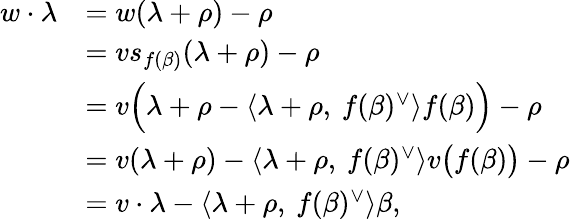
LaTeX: \begin{array}{rl}{w\cdot\lambda}&{=w(\lambda+\rho)-\rho}\\ &{=vs_{f(\beta)}(\lambda+\rho)-\rho}\\ &{=v\Big(\lambda+\rho-\langle\lambda+\rho,\: f(\beta)^{\vee}\rangle f(\beta)\Big)-\rho}\\ &{=v(\lambda+\rho)-\langle\lambda+\rho,\: f(\beta)^{\vee}\rangle v\big(f(\beta)\big)-\rho}\\ &{=v\cdot\lambda-\langle\lambda+\rho,\: f(\beta)^{\vee}\rangle\beta,}\end{array}